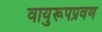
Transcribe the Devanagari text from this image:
वायुरूपप्रवण